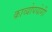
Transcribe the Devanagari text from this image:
काव्योपयोगी